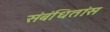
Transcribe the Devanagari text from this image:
संबंधितांस